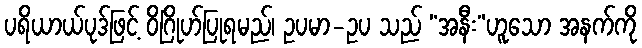
ပရိယာယ်ပုဒ်ဖြင့် ဝိဂြိုဟ်ပြုရမည်၊ ဥပမာ-ဥပ သည် “အနီး”ဟူသော အနက်ကို